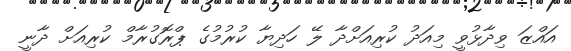
އައްޒަ ވިދާޅުވީ މިއަދު ކުރިއަށްދާ ލޭ ހަދިޔާ ކުރުމުގެ ޕްރޮގުރާމް ކުރިއަށް ދާނީ